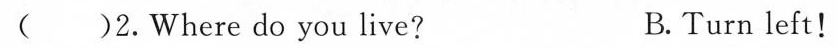
( )2.Where do you live? B.Turn left！